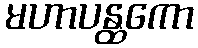
မဟာပန္ထကော